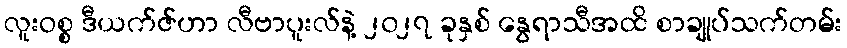
လူးဝစ္စ ဒီယက်ဇ်ဟာ လီဗာပူးလ်နဲ့ ၂၀၂၇ ခုနှစ် နွေရာသီအထိ စာချုပ်သက်တမ်း